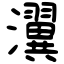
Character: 瀷